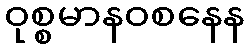
ဝုစ္စမာနဝစနေန